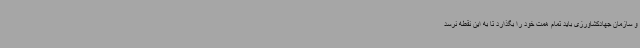
و سازمان جهادکشاورزی باید تمام همت خود را بگذارد تا به این نقطه نرسد